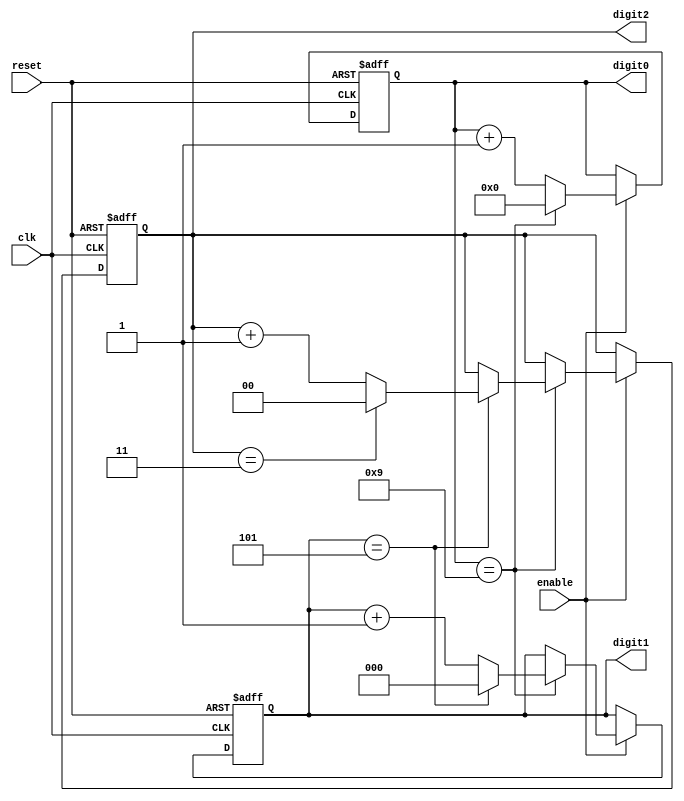
module mixed_radix_counter #(
    parameter RADIX_0 = 10, // Radix for digit 0
    parameter RADIX_1 = 6,  // Radix for digit 1
    parameter RADIX_2 = 4   // Radix for digit 2
)(
    input wire clk,        // Clock signal
    input wire reset,      // Reset signal
    input wire enable,     // Enable signal
    output reg [3:0] digit0, // 4 bits for digit 0 (0 to 9)
    output reg [2:0] digit1, // 3 bits for digit 1 (0 to 5)
    output reg [1:0] digit2  // 2 bits for digit 2 (0 to 3)
);

    // Counting logic
    always @(posedge clk or posedge reset) begin
        if (reset) begin
            // Reset all digits to zero
            digit0 <= 0;
            digit1 <= 0;
            digit2 <= 0;
        end else if (enable) begin
            // Increment logic for digit 0
            if (digit0 == RADIX_0 - 1) begin
                digit0 <= 0;  // Reset digit0
                // Increment logic for digit 1
                if (digit1 == RADIX_1 - 1) begin
                    digit1 <= 0; // Reset digit1
                    // Increment logic for digit 2
                    if (digit2 == RADIX_2 - 1) begin
                        digit2 <= 0; // Reset digit2
                    end else begin
                        digit2 <= digit2 + 1; // Increment digit2
                    end
                end else begin
                    digit1 <= digit1 + 1; // Increment digit1
                end
            end else begin
                digit0 <= digit0 + 1; // Increment digit0
            end
        end
    end
endmodule